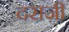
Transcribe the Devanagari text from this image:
दराज़ी